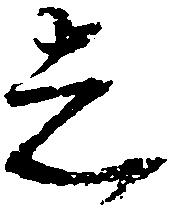
者